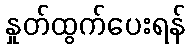
နှုတ်ထွက်ပေးရန်